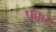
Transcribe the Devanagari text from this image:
प्रक्कर